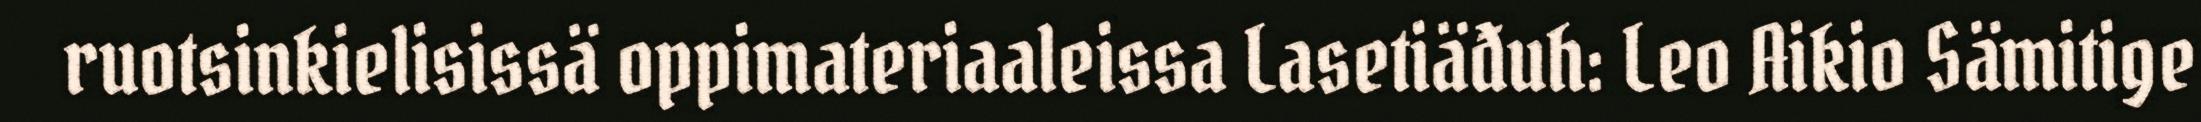
ruotsinkielisissä oppimateriaaleissa Lasetiäđuh: Leo Aikio Sämitige